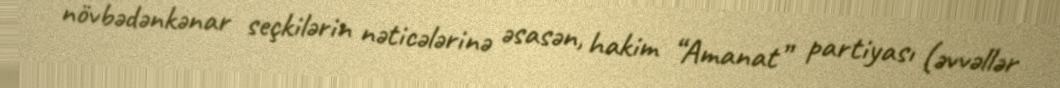
növbədənkənar seçkilərin nəticələrinə əsasən, hakim “Amanat” partiyası (əvvəllər